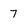
Character: 7